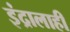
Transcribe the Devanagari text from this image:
इंद्रालाही